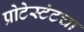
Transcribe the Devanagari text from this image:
प्रोटेस्टंटचा